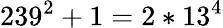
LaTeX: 239^{2}+1=2*13^{4}